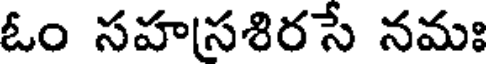
ఓం సహసశిరసే నమః